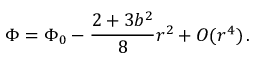
\Phi = \Phi _ { 0 } - \frac { 2 + 3 b ^ { 2 } } { 8 } r ^ { 2 } + { \cal O } ( r ^ { 4 } ) \, .